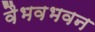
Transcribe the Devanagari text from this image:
वैभवभवन